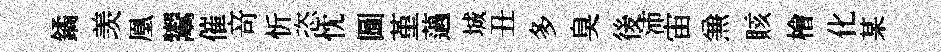
鐍羡凰鬻催竒忻恣忱圖堇薖城丑多臭後沛宙𠔥賅檜化某